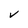
Character: V